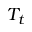
T _ { t }